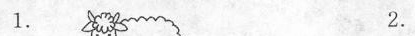
1. 2.